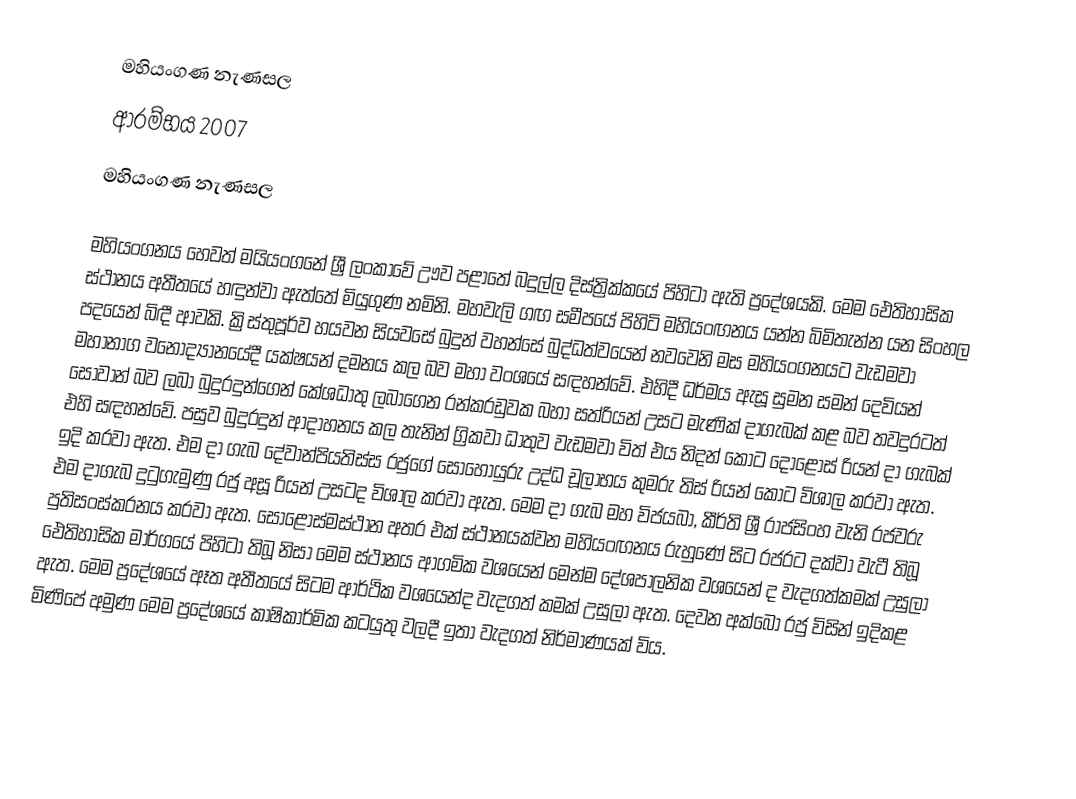
මහියංගණ නැණසල
 ආරම්භය 2007
 මහියංගණ නැණසල

මහියංගනය හෙවත් මයියංගනේ ශ්‍රී ලංකාවේ ඌව පළාතේ බදුල්ල දිස්ත්‍රික්කයේ පිහිටා ඇති ප්‍රදේශයකි. මෙම ඓතිහාසික ස්ථානය අතීතයේ හඳුන්වා ඇත්තේ මියුගුණ නමිනි. මහවැලි ගඟ සමීපයේ පිහිටි මහියංඟනය යන්න බිමිතැන්න යන සිංහල පදයෙන් බිඳී ආවකි. ක්‍රිස්තුපූර්ව හයවන සියවසේ බුදුන් වහන්සේ බුද්ධත්වයෙන් නවවෙනි මස මහියංගනයට වැඩමවා මහානාග වනෝද්‍යානයේදී යක්ෂයන් දමනය කල බව මහා වංශයේ සඳහන්වේ. එහිදී ධර්මය ඇසූ සුමන සමන් දෙවියන් සෝවාන් බව ලබා බුදුරදුන්ගෙන් කේශධාතු ලබාගෙන රන්කරඩුවක බහා සත්රියන් උසට මැණික් දාගැබක් කළ බව තවදුරටත් එහි සඳහන්වේ. පසුව බුදුරදුන් ආදාහනය කල තැනින් ග්‍රිකවා ධාතුව වැඩමවා විත් එය නිදන් කොට දොළොස් රියන් දා ගැබක් ඉදි කරවා ඇත. එම දා ගැබ දේවාන්පියතිස්ස රජුගේ සොහොයුරු උද්ධ චූලාභය කුමරු තිස් රියන් කොට විශාල කරවා ඇත. එම දාගැබ දුටුගැමුණු රජු අසූ රියන් උසටද විශාල කරවා ඇත. මෙම දා ගැබ මහ විජයබා, කීර්ති ශ්‍රී රාජසිංහ වැනි රජවරු පුතිසංස්කරනය කරවා ඇත. සොළොස්මස්ථාන අතර එක් ස්ථානයක්වන මහියංඟනය රුහුණේ සිට රජරට දක්වා වැටී තිබූ ඓතිහාසික මාර්ගයේ පිහිටා තිබූ නිසා මෙම ස්ථානය ආගමික වශයෙන් මෙන්ම දේශපාලනික වශයෙන් ද වැදගත්කමක් උසුලා ඇත. මෙම ප්‍රදේශයේ ඈත අතීතයේ සිටම ආර්ථික වශයෙන්ද වැදගත් කමක් උසුලා ඇත. දෙවන අක්බො රජු විසින් ඉදිකළ මිණිපේ අමුණ මෙම ප්‍රදේශයේ කාෂිකාර්මික කටයුතු වලදී ඉතා වැදගත් නිර්මාණයක් විය.